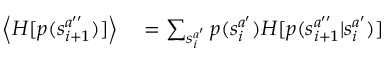
\begin{array} { r l } { \left< H [ p ( s _ { i + 1 } ^ { a ^ { \prime \prime } } ) ] \right> } & { { } = \sum _ { s _ { i } ^ { a ^ { \prime } } } p ( s _ { i } ^ { a ^ { \prime } } ) H [ p ( s _ { i + 1 } ^ { a ^ { \prime \prime } } | s _ { i } ^ { a ^ { \prime } } ) ] } \end{array}